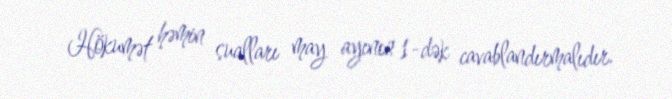
Hökumət həmin sualları may ayının 1-dək cavablandırmalıdır.